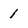
Character: 1